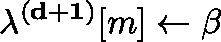
\mathbf { \lambda ^ { ( d + 1 ) } } [ m ] \gets \beta